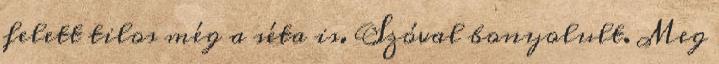
felett tilos még a séta is. Szóval bonyolult. Meg